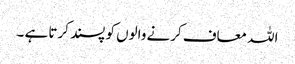
اللہ معاف کرنے والوں کو پسند کرتا ہے ۔